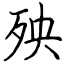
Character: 殃